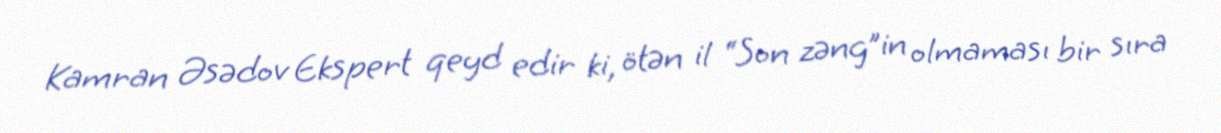
Kamran Əsədov Ekspert qeyd edir ki, ötən il “Son zəng”in olmaması bir sıra